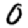
Digit: 0